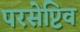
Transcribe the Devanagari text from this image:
परसेप्टिव